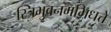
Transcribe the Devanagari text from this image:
स्त्रिभुवनमभिधत्ते